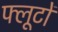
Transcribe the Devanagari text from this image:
फ्लूटों